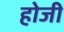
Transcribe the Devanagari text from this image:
होजी